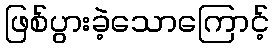
ဖြစ်ပွားခဲ့သောကြောင့်